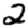
Digit: 2